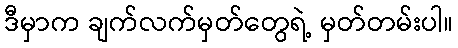
ဒီမှာက ချက်လက်မှတ်တွေရဲ့ မှတ်တမ်းပါ။